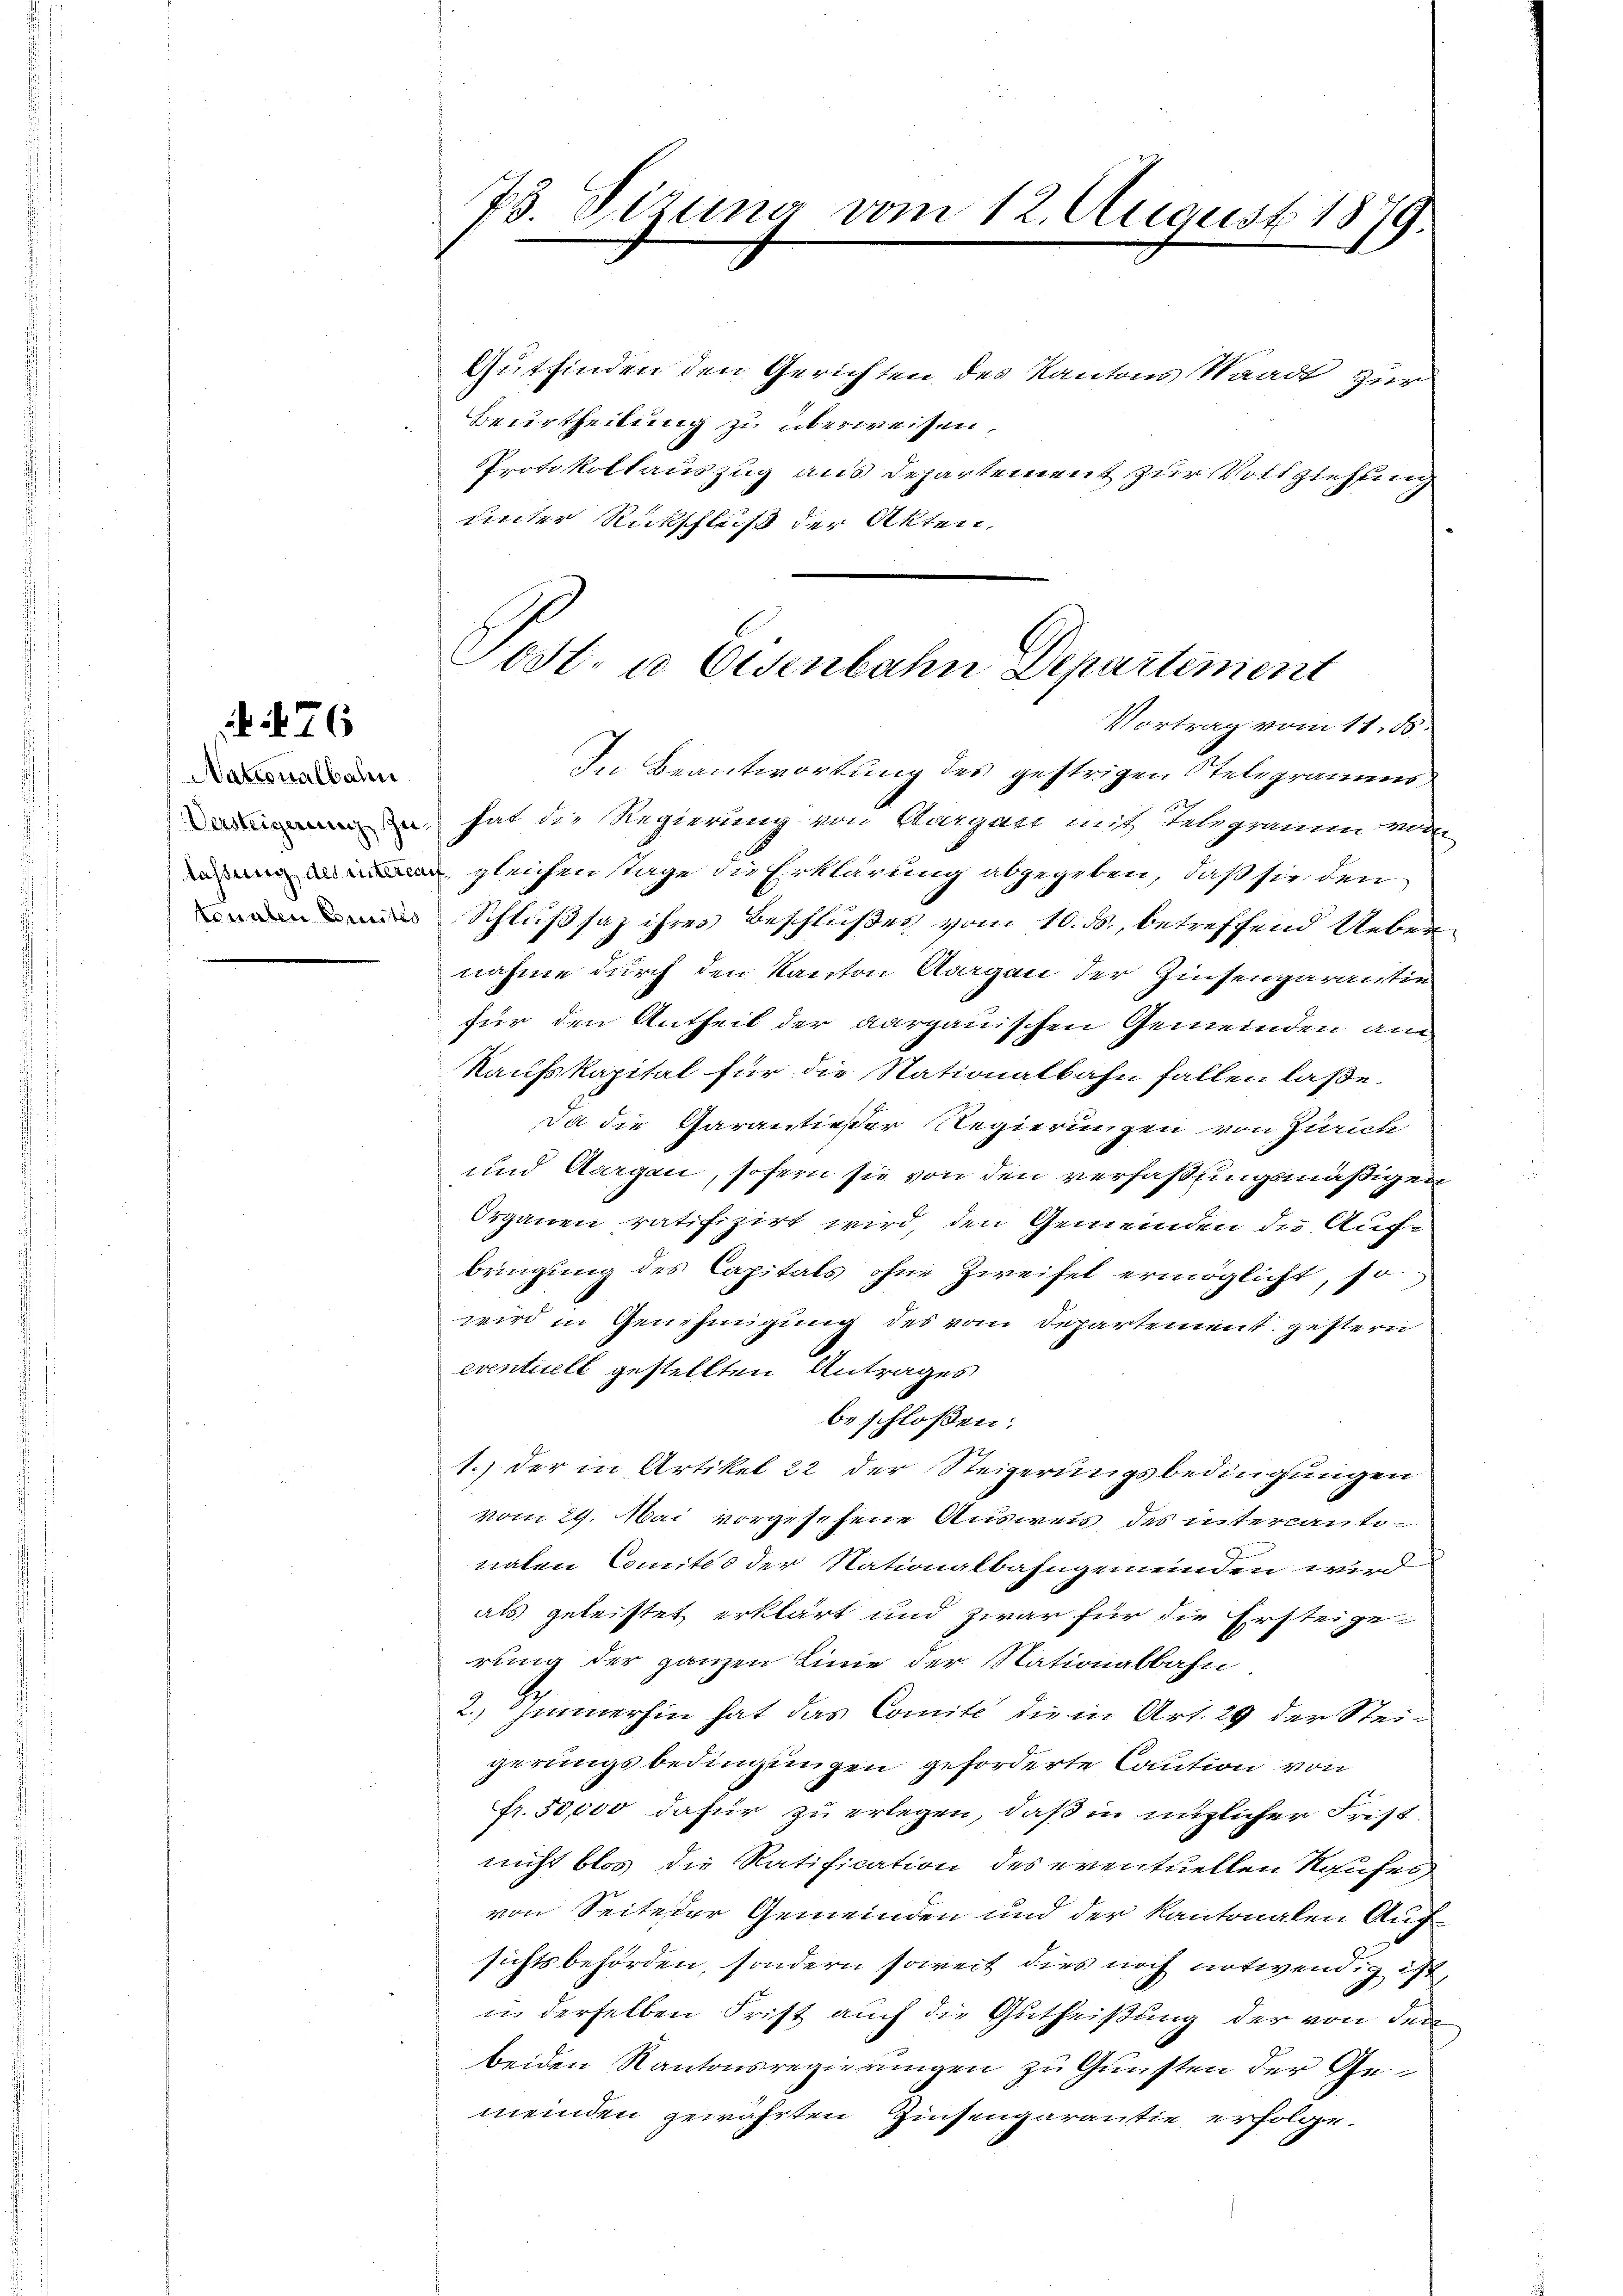
. 76

Nationalbahn
Versteigerung zu
lastung des interen
tonalen Breites

73. Sizung vom 12. August 1879.

Gutfinden den Gerichten des Kantons Waadt zur
Beurtheilung zu überweisen,
PProtokollauszug aus Departement zur Vollziehung
unter Rückschluß der Akten.

Post- u Eisenbahn Departement
Vortrag vom 11. 85.

In Beantwortung des gestrigen Stelegramms
hat die Regierung von Aargau mit Telegramm vom
 gleichen tage die Erklärung abgegeben, daß sie den
Schlußsaz ihres Beschlußes vom 10. ds., betreffend Uebernahme durch den Kanton Aargau der Zinsengarantin
für den Antheil der aargauischen Gemeinden an
Kaufskapital für die Stationalbahn fallen laße.
Da die Garantieser Regierungen von Zürich
und Aargau, sofern sie von den verfaßungsmäßigen
Organen ratifizirt wird den Gemeinden die Aufbringung des Capitals ohne Zweifel ermöglicht, so
wird in Genehmigung des vom Departement gestern
eventuell gestellten Antrages
beschloßen:
1.) Der in Artikel 22 der Steigerungsbedingungen
vom 29. Mai vorgesehene Ausweis des intercantinaten Comités der Nationalbahngemeinden wird
als geleistet erklärt und zwar für die Ersteige
rung der ganzen Linie der Nationalbahn
2.) Immerhin hat das Comité die in Art. 29 der Steigerungsbedingungen geforderte Caution von
Fr. 50,000 dafür zu erlegen, daß in nüzlicher Frist
nicht blos die Ratification des eventuellen Kaufes
von Seiteter Gemeinden und der Kantonalen Aufsichtsbehörden, sondern soweit dies noch notwendig ist,
in derselben Frist auch die Gutheißung der von den
beiden Kantonsregierungen zu Gunsten der Gemeinden gewährten Zinsengarantie erfolge.